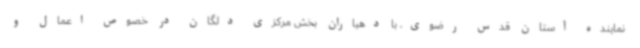
نماینده آستان قدس رضوی، با دهیاران بخش مرکزی دلگان در خصوص اعمال و